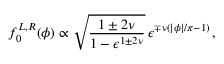
f _ { 0 } ^ { L , R } ( \phi ) \propto \sqrt { \frac { 1 \pm 2 \nu } { 1 - \epsilon ^ { 1 \pm 2 \nu } } } \, \epsilon ^ { \mp \nu ( | \phi | / \pi - 1 ) } \, ,